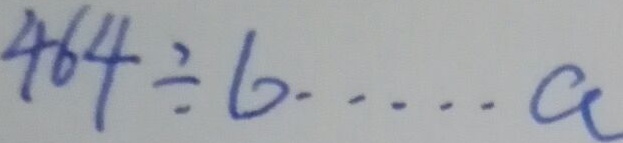
4 6 4 \div 6 \cdots a